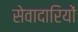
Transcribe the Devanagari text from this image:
सेवादारियों